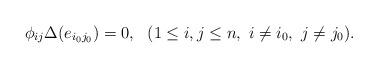
LaTeX: \begin{align*} \phi_{ij}\Delta(e_{i_0j_0})=0,\ \ (1\le i,j\leq n,\ i\ne i_0,\ j\ne j_0). \end{align*}